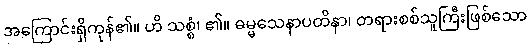
အကြောင်းရှိကုန်၏။ ဟိ သစ္စံ၊ ၏။ ဓမ္မသေနာပတိနာ၊ တရားစစ်သူကြီးဖြစ်သော